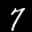
Label: 7